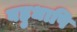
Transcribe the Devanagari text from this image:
बहुधापि